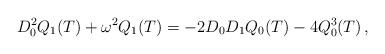
LaTeX: \begin{align*}D_{0}^{2}Q_{1}(T)+\omega ^{2}Q_{1}(T)=-2D_{0}D_{1}Q_{0}(T)-4Q^{3}_{0}(T)\, ,\end{align*}